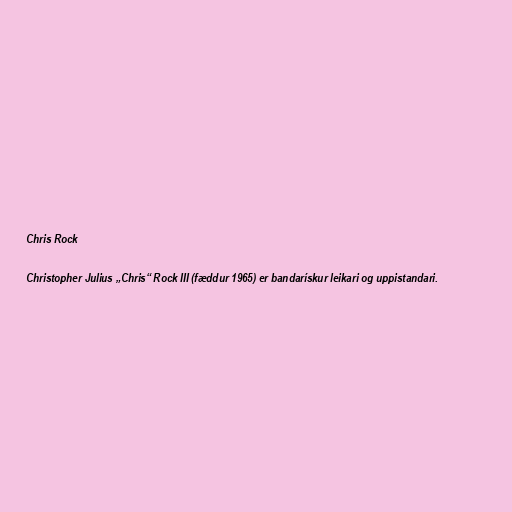
Chris Rock

Christopher Julius „Chris“ Rock III (fæddur 1965) er bandarískur leikari og uppistandari.